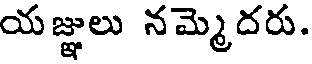
యజ్ఞులు నమ్మెదరు.